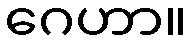
ဂေဟာ။